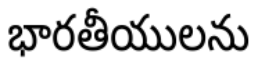
భారతీయులను